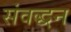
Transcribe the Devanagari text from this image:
संवद्धन